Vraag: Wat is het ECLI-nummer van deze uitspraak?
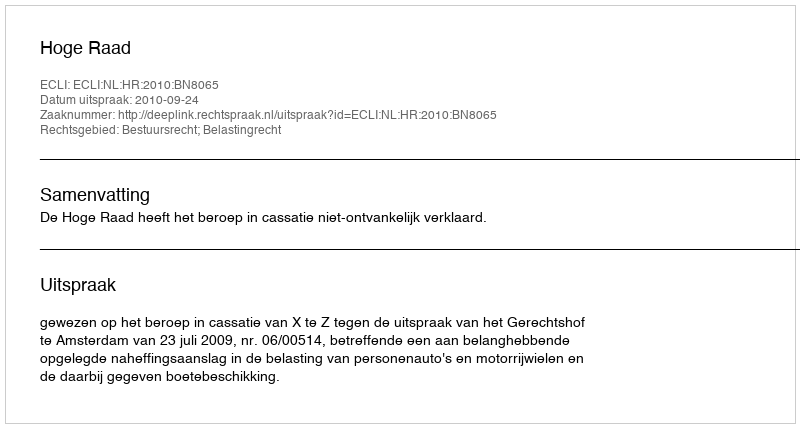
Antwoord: ECLI:NL:HR:2010:BN8065